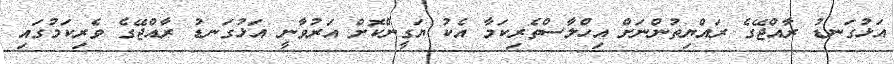
އަޅުގަނޑު ރާއްޖޭގެ ރައްޔިތުންނަށް އިހްލާސްތެރިކަމާ އެކު ޔަގީންކޮށް އަރުވާނީ އަޅުގަނޑު ރާއްޖޭގެ ވެރިކަމުގައި